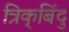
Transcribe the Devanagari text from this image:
त्रिक्‌बिंदु